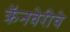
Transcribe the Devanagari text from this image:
क्रॅनबेरीचे